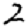
Digit: 2